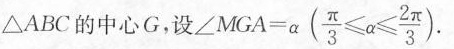
△ABC的中心G，设$$∠ M G A = α$$（$$ \frac { π } { 3 } ≤ a ≤ \frac { 2 π } { 3 }$$）.